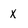
Character: X